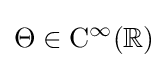
\Theta \in \mathrm {C} ^{\infty }(\mathbb {R} )